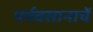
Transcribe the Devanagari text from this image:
पर्यवसानाचें